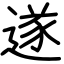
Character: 遂